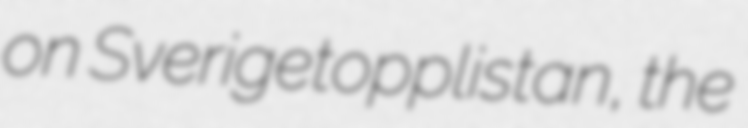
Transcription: on Sverigetopplistan, the